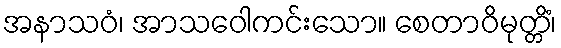
အနာသဝံ၊ အာသဝေါကင်းသော။ စေတာဝိမုတ္တိံ၊